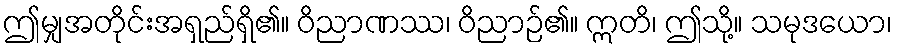
ဤမျှအတိုင်းအရှည်ရှိ၏။ ဝိညာဏဿ၊ ဝိညာဉ်၏။ ဣတိ၊ ဤသို့။ သမုဒယော၊